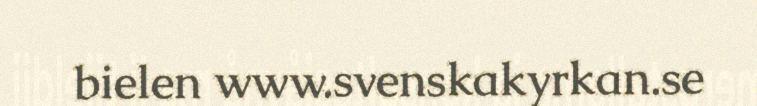
bielen www.svenskakyrkan.se